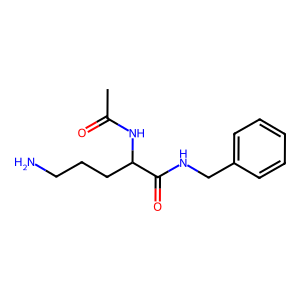
SMILES: CC(=O)NC(CCCN)C(=O)NCc1ccccc1
Inhibits HIV replication: No